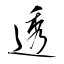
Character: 透